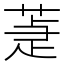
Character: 𦵉